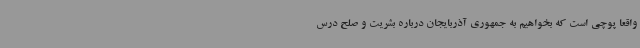
واقعا پوچی است که بخواهیم به جمهوری آذربایجان درباره بشریت و صلح درس